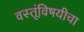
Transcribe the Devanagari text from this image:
वस्तूंविषयीचा